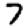
Digit: 7